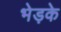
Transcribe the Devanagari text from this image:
भेड़के